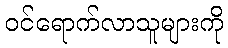
ဝင်ရောက်လာသူများကို